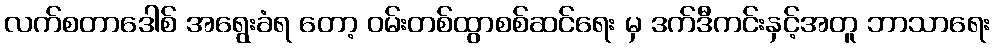
လက်စတာဒေါစ် အရွေးခံရ တော့ ဝမ်းတစ်ထွာစစ်ဆင်ရေး မှ ဒက်ဒီကင်းနှင့်အတူ ဘာသာရေး